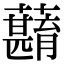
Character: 蘛